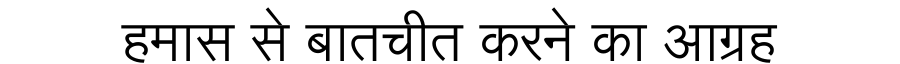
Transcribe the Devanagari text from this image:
हमास से बातचीत करने का आग्रह